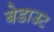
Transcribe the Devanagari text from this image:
बेडाउट